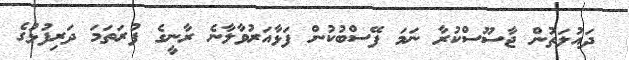
ދައުލަތުން ޖާސޫސްކުރާ ނަމަ ފޭސްބުކުން ފަޅާއަރުވާލާނެ ރާނީގެ ފުރަތަމަ ދަރިފުޅުގެ